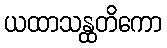
ယထာသန္ထတိကော